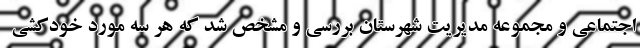
اجتماعی و مجموعه مدیریت شهرستان بررسی و مشخص شد که هر سه مورد خودکشی